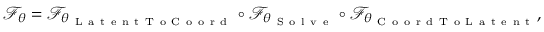
\begin{array} { r } { \mathcal { F } _ { \theta } = \mathcal { F } _ { \theta _ { \mathrm { ~ L ~ a ~ t ~ e ~ n ~ t ~ T ~ o ~ C ~ o ~ o ~ r ~ d ~ } } } \circ \mathcal { F } _ { \theta _ { \mathrm { ~ S ~ o ~ l ~ v ~ e ~ } } } \circ \mathcal { F } _ { \theta _ { \mathrm { ~ C ~ o ~ o ~ r ~ d ~ T ~ o ~ L ~ a ~ t ~ e ~ n ~ t ~ } } } , } \end{array}